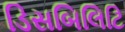
ડિસબિલિટિ